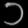
Digit: ၁